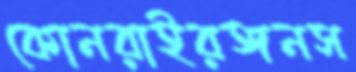
কোনরাইরঙ্গনস